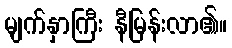
မျက်နှာကြီး နီမြန်းလာ၏။